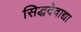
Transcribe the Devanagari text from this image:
सिद्धदेवाद्या